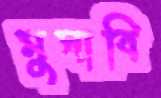
মুসাবি